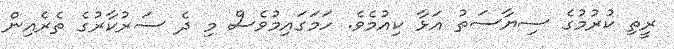
ރީތި ކުރުމުގެ ސިޔާސަތު އަޅާ ކިއުމެވެ. ހަމަގައިމުވެސް މި ދެ ސަރުކާރުގެ ތެރެއިން